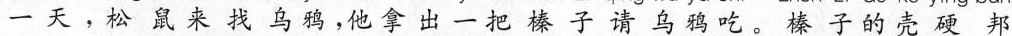
一天，松鼠来找乌鸦，他拿出一把榛子请乌鸦吃。榛子的壳硬邦